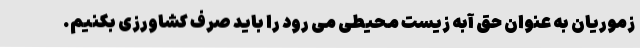
زموریان به عنوان حق آبه زیست محیطی می رود را باید صرف کشاورزی بکنیم.